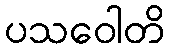
ပသဝေါတိ